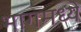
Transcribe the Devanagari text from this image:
भागमध्ये